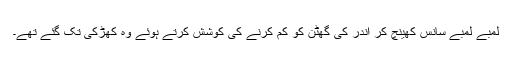
لمبے لمبے سانس کھینچ کر اندر کی گھٹن کو کم کرنے کی کوشش کرتے ہوئے وہ کھڑکی تک گئے تھے۔